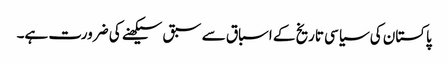
پاکستان کی سیاسی تاریخ کے اسباق سے سبق سیکھنے کی ضرورت ہے۔